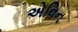
એવિન